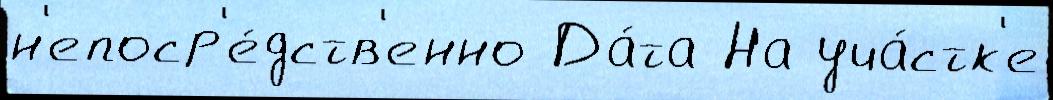
н'епоср'е́дств'енно Да́та На уча́стк'е